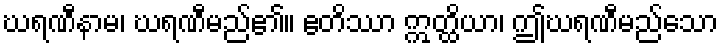
ဃရဏီနာမ၊ ဃရဏီမည်၏။ ဧတိဿာ ဣတ္ထိယာ၊ ဤဃရဏီမည်သော